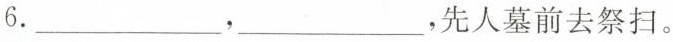
6.___，___，先人墓前去祭扫。